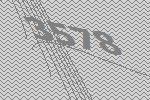
3578